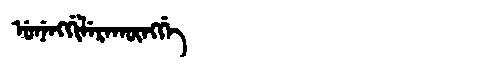
Manchu: ᡠᠨᡝᠩᡤᡳᠯᡝᡵᠠᡴᡡᠩᡤᡝ
Romanization: UNENGGILERAKŪNGGE